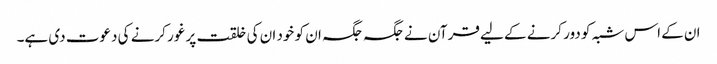
ان کے اس شبہ کو دور کرنے کے لیے قرآن نے جگہ جگہ ان کو خود ان کی خلقت پر غور کرنے کی دعوت دی ہے۔